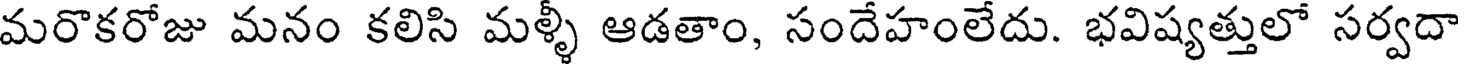
మరొకరోజు మనం కలిసి మళ్ళీ ఆడతాం, సందేహంలేదు. భవిష్యత్తులో సర్వదా